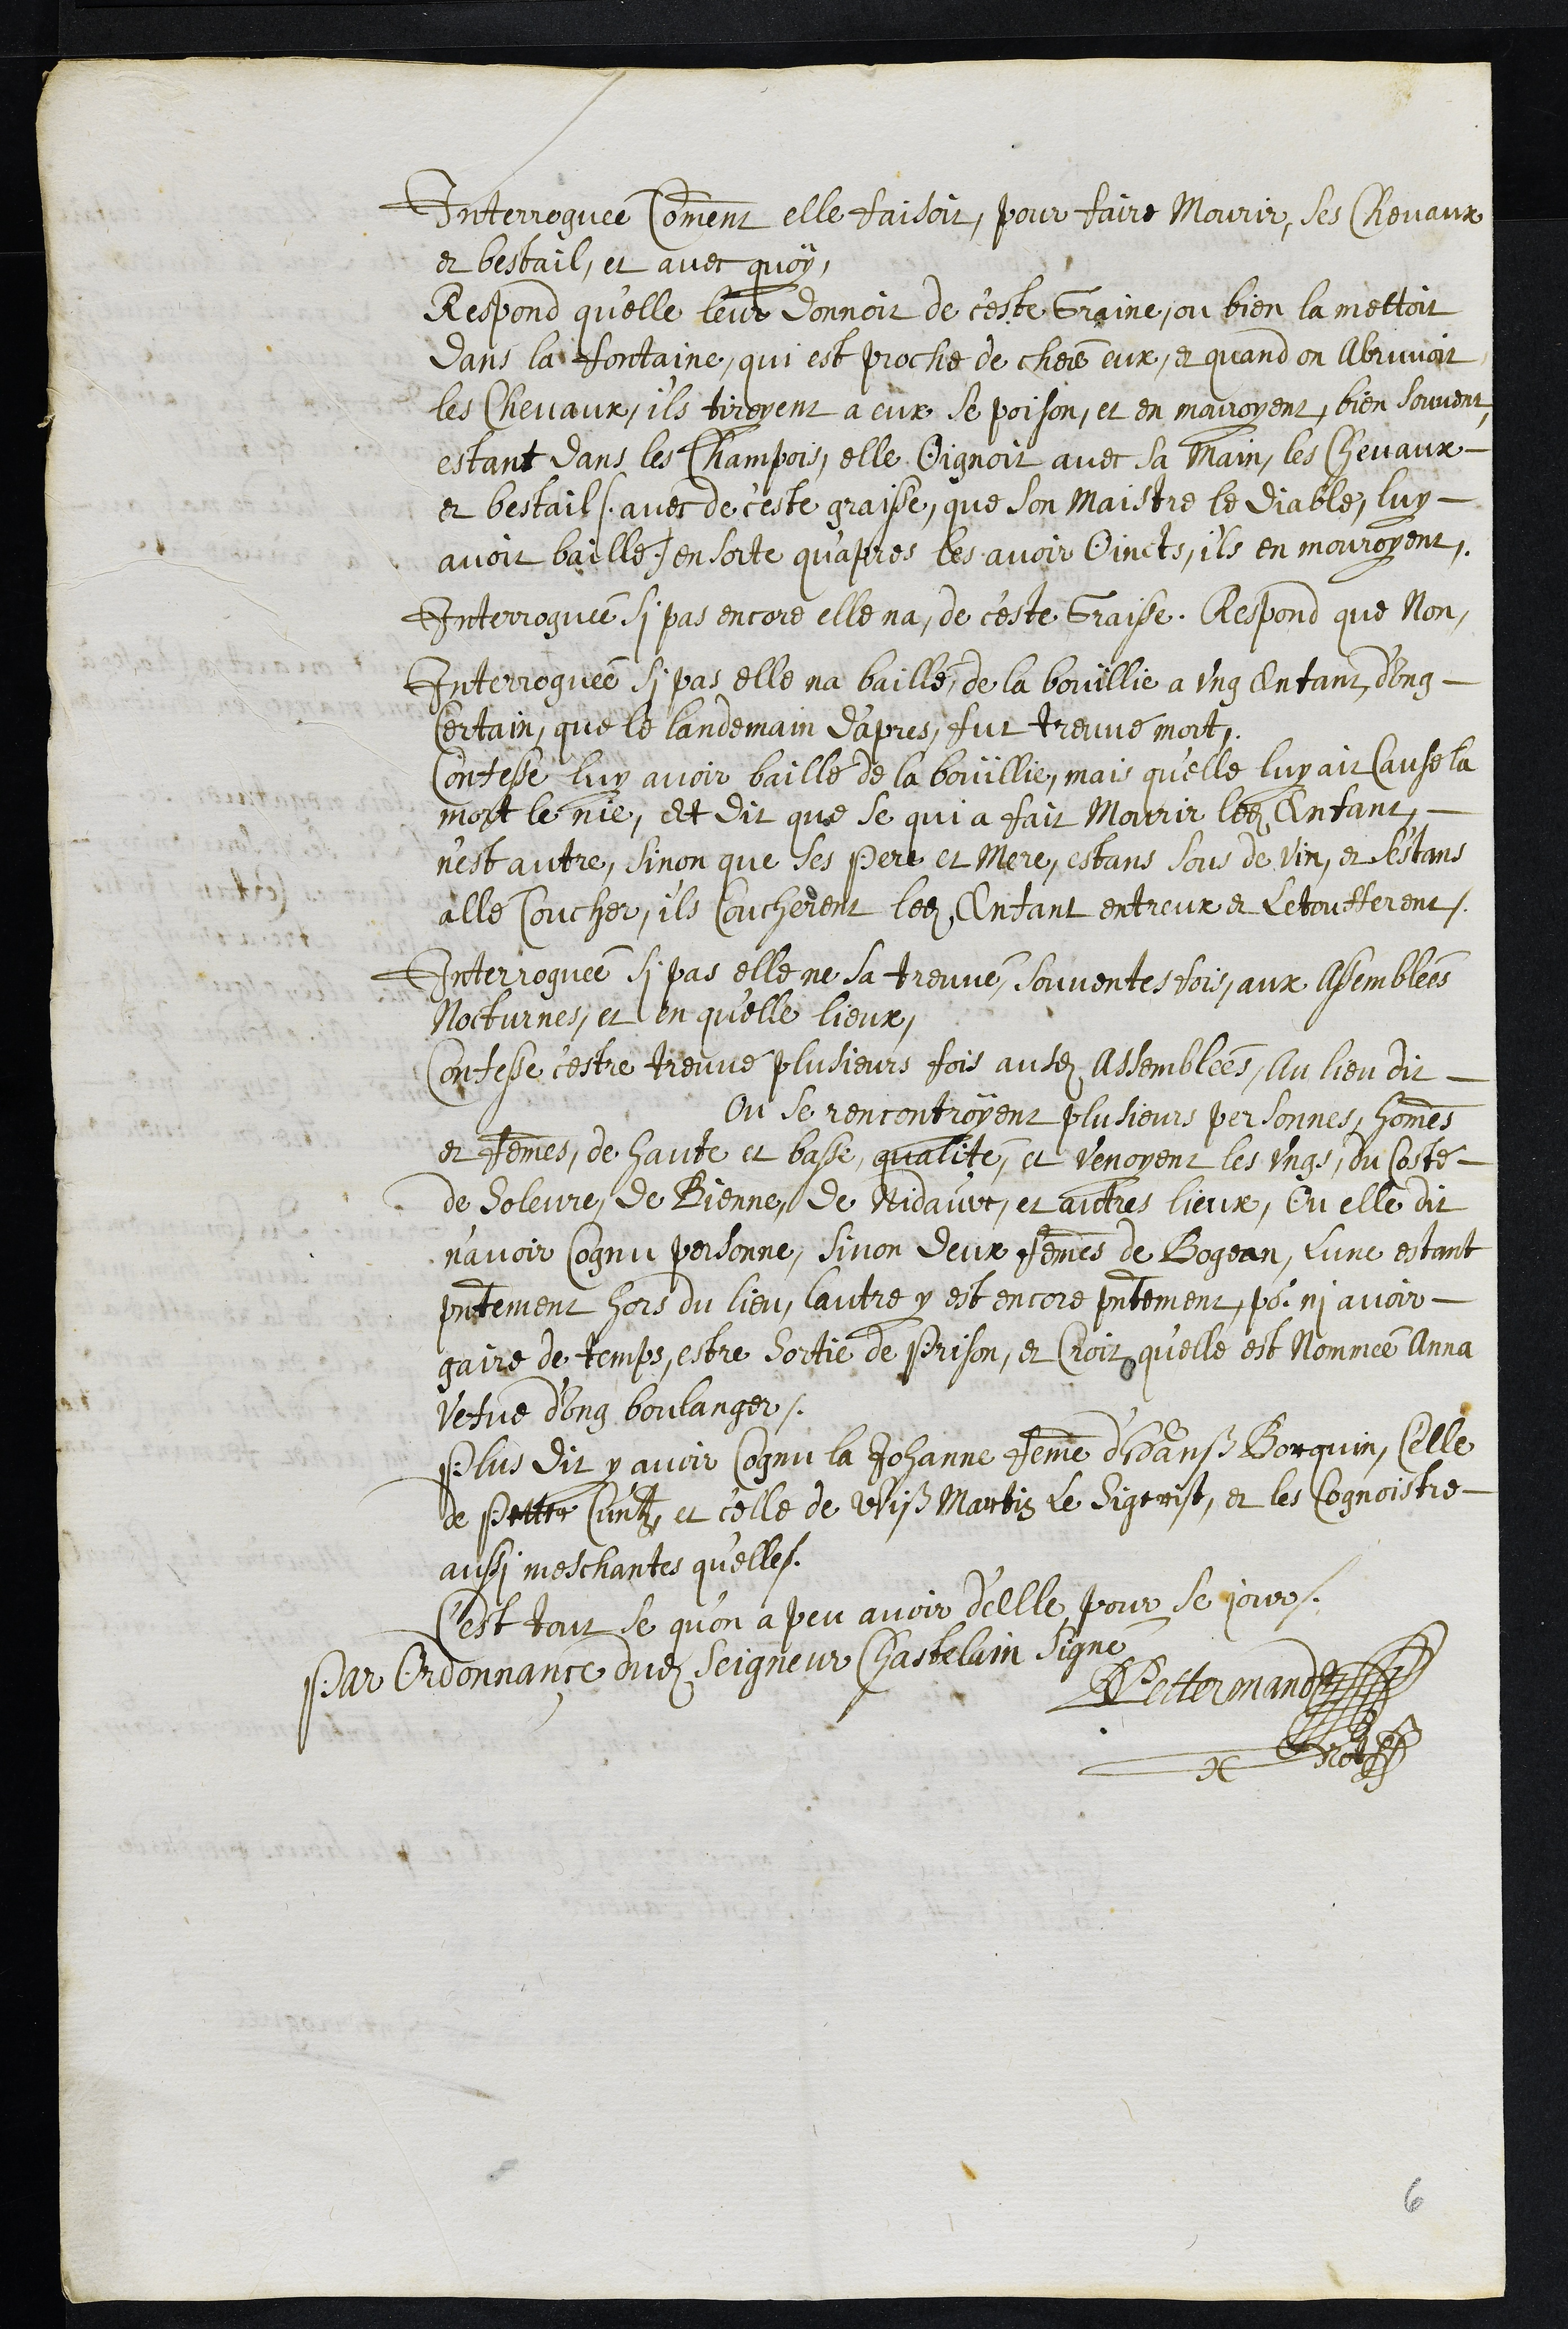
Interroguée comment elle faisoit, pour faire mourir ses chevaux,
et bestail, et avec quoy
Respond qu’elle leur donnoit de ceste Graine, ou bien la mettoit
dans la fontaine, qui est proche de ches eux, et quand on Abruvoit
les chevaux, ils tiroyent a eux se poison, et en mouroyent, bien souvent,
estant dans les Champois, elle Oignoit avec sa main, les chevaux
et bestail (avec de ceste graisse, que son Maistre le Diable, luy
avoit baillé) en sorte qu'apres les avoir Oincts, ils en mouroyent.
Interroguée si pas encore elle na de ceste Graisse, Respond que Non,
Interroguée si pas elle na baillé de la bouïllie a ung enfant d'ung
certain que le landemain d'apres fut treuvé mort,
Confesse luy avoir baillé de la bouïllie, mais qu’elle luy ait causé la
mort le nie, et dit que se qui a fait mourir ledit Enfant,
n’est autre, sinon que ses pere et mere, estans sous de vin, et s'estans
allé coucher, ils coucherent ledit Enfant entreux et Letoufferent.
Interroguée si pas elle ne sa treuvé, souventesfois aux Assemblées
Nocturnes, et en qu'elle lieux,
Confesse cestre treuvé plusieurs fois audites Assemblées, au lieu dit
ou se rencontroyent plusieurs personnes, hommes
et femme de haute et basse qualité, et venoyent les ungs, du costé
de Soleure, de Bienne, de Nidauw, et autres lieux, Ou elle dit
n'avoir cognu personne, sinon deux femmes de Bogean, Lune estant
presentement hors du lieu, lautre y est encore presentemen, pour ni avoir
gaire de temps, estre sortie de prison, et croit qu’elle est nommée Anna
vefve d'ung boulanger.
Plus dit y avoir cognu la Jehanne femme d'Hanß Borquin, Celle
de Petter Cuntz, et celle de Vliß Martin Le Sigrist, et les cognoistre
aussi meschantes qu'elle.
C'est tout se qu'on a peu avoir d'elle pour se jour.
Par Ordonnance dudit Seigneur Chastelain Signé
DPettermand
not
6